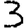
Digit: 3